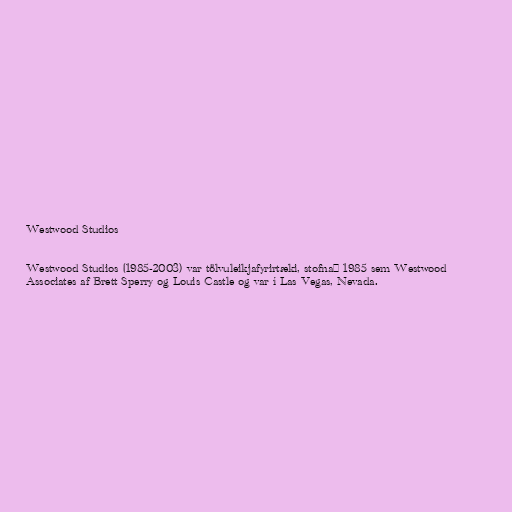
Westwood Studios

Westwood Studios (1985-2003) var tölvuleikjafyrirtæki, stofnað 1985 sem Westwood
Associates af Brett Sperry og Louis Castle og var í Las Vegas, Nevada.